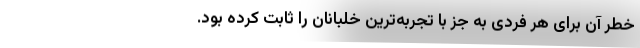
خطر آن برای هر فردی به جز با تجربه‌ترین خلبانان را ثابت کرده بود.